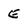
Character: E